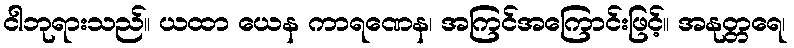
ငါဘုရားသည်။ ယထာ ယေန ကာရဏေန၊ အကြင်အကြောင်းဖြင့်။ အနုတ္တရေ၊